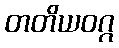
တတိယဝဂ္ဂ